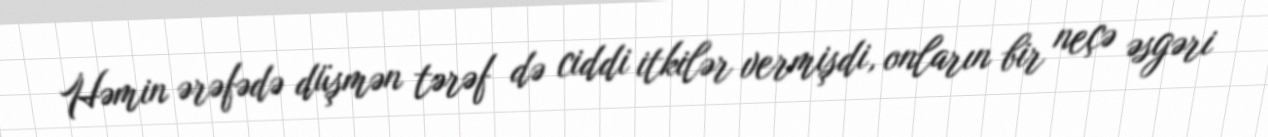
Həmin ərəfədə düşmən tərəf də ciddi itkilər vermişdi, onların bir neçə əsgəri